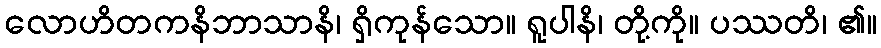
လောဟိတကနိဘာသာနိ၊ ရှိကုန်သော။ ရူပါနိ၊ တို့ကို။ ပဿတိ၊ ၏။